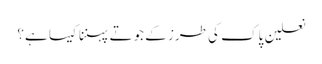
نعلین پاک کی طرز کے جوتے پہننا کیسا ہے؟